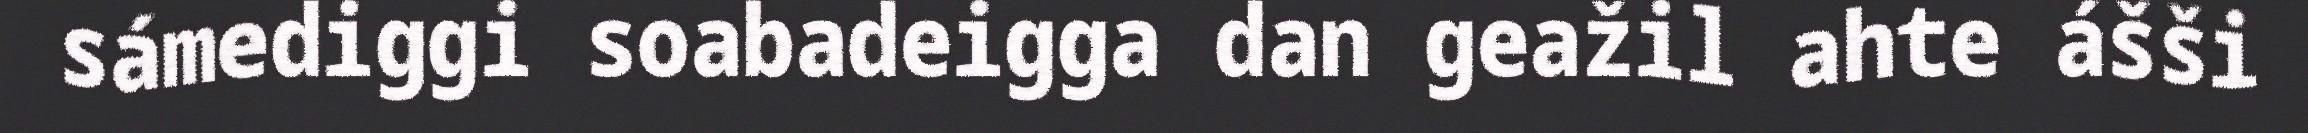
sámediggi soabadeigga dan geažil ahte ášši